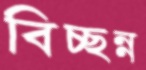
বিচ্ছন্ন